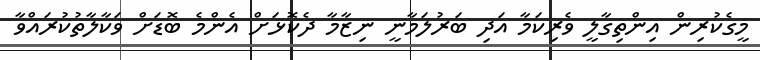
މީގެކުރިން އިންތިގާލީ ވެރިކަމާ އަދި ބަރުލަމާނީ ނިޒާމާ ދެކޮޅަށް އެންމެ ބޮޑަށް ވަކާލާތުކުރައްވާ